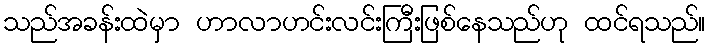
သည်အခန်းထဲမှာ ဟာလာဟင်းလင်းကြီးဖြစ်နေသည်ဟု ထင်ရသည်။